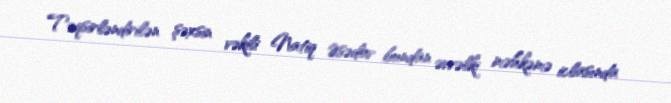
Təqsirləndirilən şəxsin vəkili Natiq Əsədov bundan əvvəlki məhkəmə iclasında